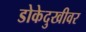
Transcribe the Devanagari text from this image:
डोकेदुखीवर